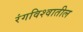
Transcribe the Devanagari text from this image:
रंगविश्वातील